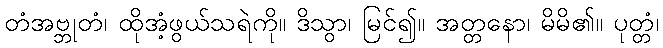
တံအဗ္ဘုတံ၊ ထိုအံ့ဖွယ်သရဲကို။ ဒိသွာ၊ မြင်၍။ အတ္တနော၊ မိမိ၏။ ပုတ္တံ၊